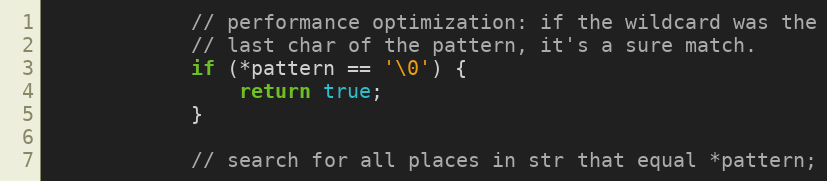
Language: C++
			// performance optimization: if the wildcard was the
			// last char of the pattern, it's a sure match.
			if (*pattern == '\0') {
				return true;
			}

			// search for all places in str that equal *pattern;